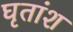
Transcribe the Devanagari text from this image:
घृतांश